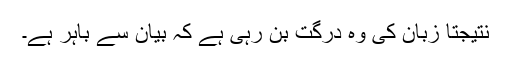
نتیجتاً زبان کی وہ درگت بن رہی ہے کہ بیان سے باہر ہے۔